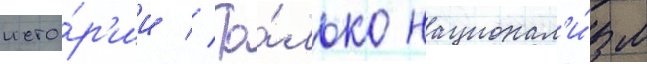
исто́р'ии // То́лько национал'и́зм